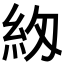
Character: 𮈅